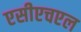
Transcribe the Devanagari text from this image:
एसीएचएल